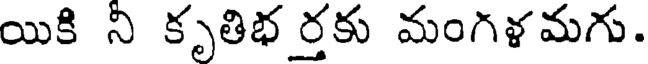
యికి ని కృతిభ ర్తకు మంగళమగు.